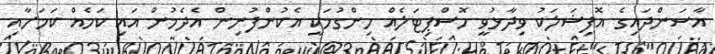
އާސަންދައިގެ އޮފިޝަލަކު ވިދާޅުވީ ހޮސްޕިޓަލެއް ހިންގުމަކީ އެކުންފުނިން އެދެމުން އައި ކަމެއް ކަމަށާއި